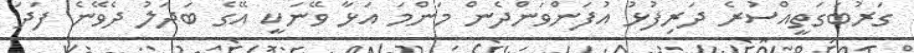
ގަރުބަގަތީއްސުރެ ދަރިފުޅު އުފަންވަންދެން މަންމަ އަޅާ ވޭނަކީ އޭގެ ބަދަލު ދެވޭނެ ފަދަ